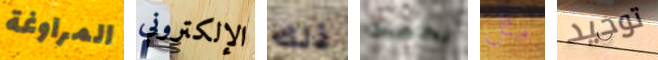
المراوغة الإلكتروني ذلك يخصك مثل توحيد